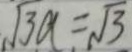
\sqrt { 3 a } = \sqrt { 3 }